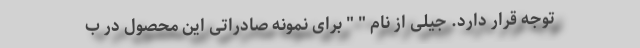
توجه قرار دارد. جیلی از نام " " برای نمونه صادراتی این محصول در ب